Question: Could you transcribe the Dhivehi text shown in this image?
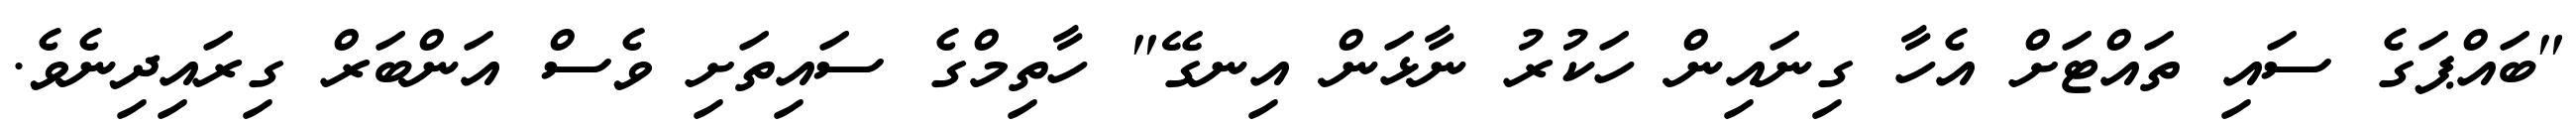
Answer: "ބައްޕަގެ ސައި ތައްޓަށް އެހާ ގިނައިން ހަކުރު ނާޅަން އިނގޭ" ހާތިމްގެ ސައިތަށި ވެސް އަންބަރް ގިރައިދިނެވެ.